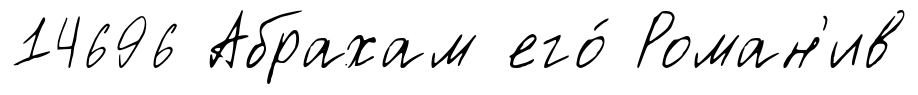
14696 Абрахам его́ Роман'ив